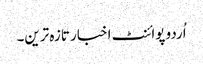
اُردو پوائنٹ اخبار تازہ ترین۔